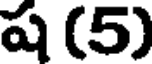
ష (5)